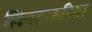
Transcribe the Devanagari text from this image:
लियानहरिमा